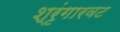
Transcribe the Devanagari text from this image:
श्रृंगारवट